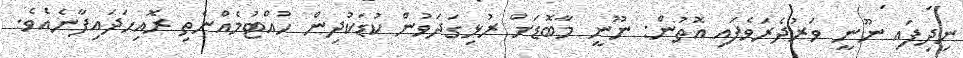
ނިދިފައި ނޫނީ ވަރުދެރަވެފައި އޮތުން: ނޫނީ މާބޮޑަށް ރުޅިގަދަވުން ކުޑަކުދިން ހުއްޓުމެއްނެތި ރޮއިހަދައިފާނެއެވެ.